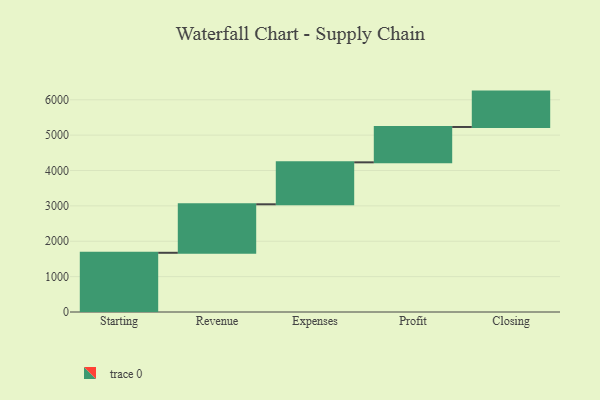
{"axis": {"x": "Step", "y": "Value"}, "legend": [""], "data": [{"x": "Starting", "y": 1674.0, "type": ""}, {"x": "Revenue", "y": 1371.0, "type": ""}, {"x": "Expenses", "y": 1186.0, "type": ""}, {"x": "Profit", "y": 1000, "type": ""}, {"x": "Closing", "y": 1000, "type": ""}]}